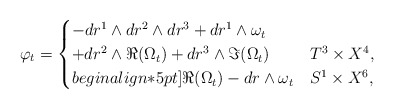
\begin{align*} \varphi_t = \begin{cases} - dr^1 \wedge dr^2 \wedge dr^3 + dr^1 \wedge \omega_t \\ + dr^2 \wedge \Re (\Omega_t) + dr^3 \wedge \Im (\Omega_t) & T^3 \times X^4, \\begin{align*}5pt] \Re (\Omega_t) - dr \wedge \omega_t & S^1 \times X^6, \end{cases}\end{align*}